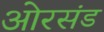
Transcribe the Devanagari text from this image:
ओरसंड